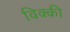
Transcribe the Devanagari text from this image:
विक्‍की